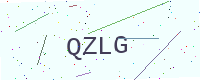
Text: QZLG